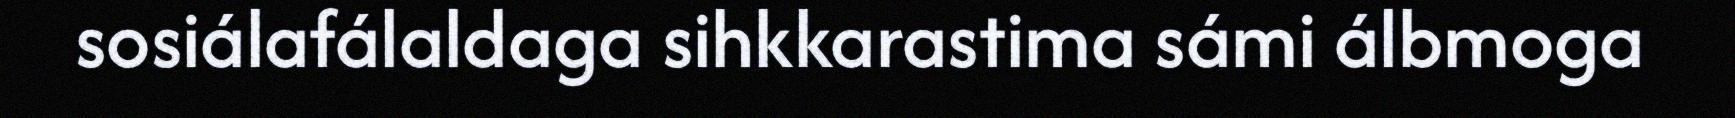
sosiálafálaldaga sihkkarastima sámi álbmoga